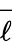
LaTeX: \overrightarrow{\ell}